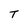
Character: T